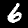
Digit: 6